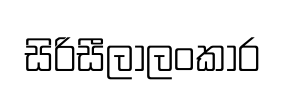
සිරිසීලාලංකාර